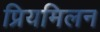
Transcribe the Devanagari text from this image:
प्रियमिलन